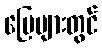
မြေများတွင်